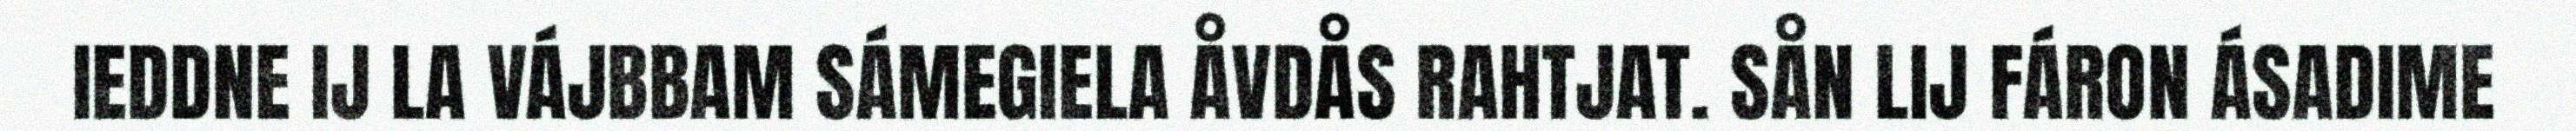
IEDDNE IJ LA VÁJBBAM SÁMEGIELA ÅVDÅS RAHTJAT. SÅN LIJ FÁRON ÁSADIME